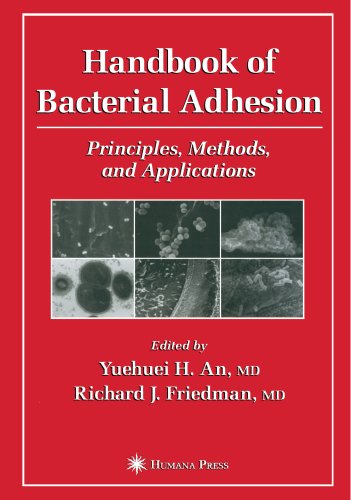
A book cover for Handbook of Bacterial Adhesion: Principles, Methods, and Applications; Medical Books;